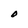
Character: O